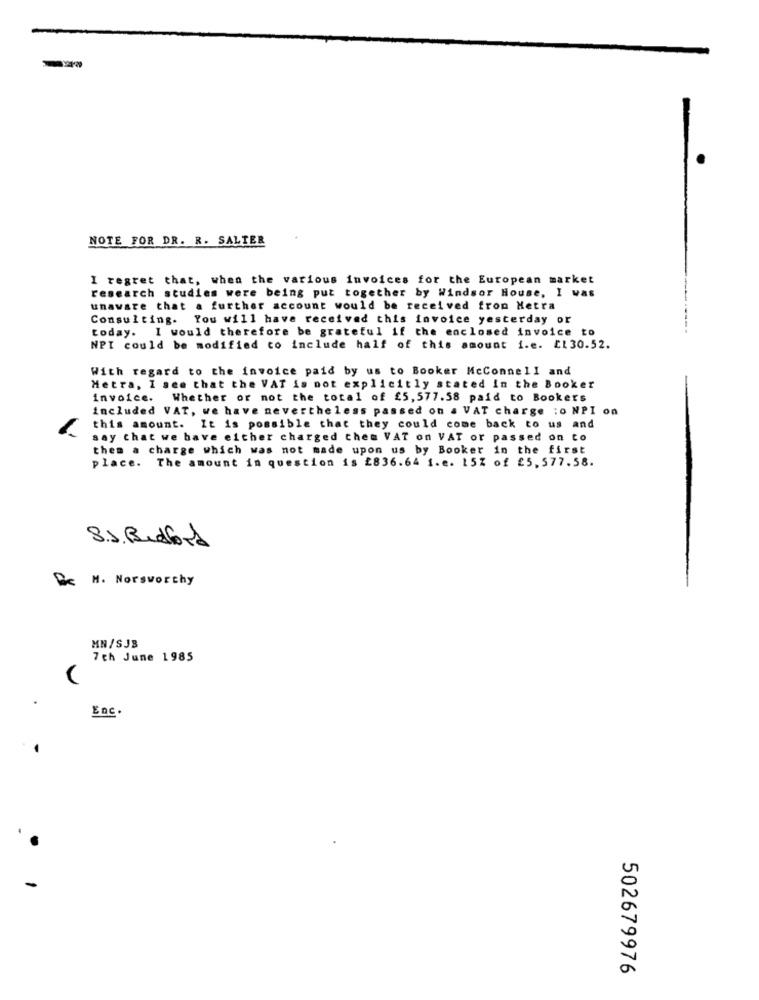
NOTE FOR DR. R. SALTER
I regret that, when the various invoices for the European market
research studies were being put together by Windsor House, I was
unaware that a further account would be received from Hetra
Consulting.
You will have received this invoice yesterday or
today.
I would therefore be grateful if the enclosed invoice to
NPI could be modified to include half of this amount i.e. EL30.52.
With regard to the invoice paid by us to Booker McConnell and
Metra, I see that the VAT is not explicitly stated in the Booker
invoice. Whether or not the total of £5,577.58 paid to Bookers
included VAT, we have nevertheless passed on a VAT charge :o NPI on
this amount. It is possible that they could come back to us and
say that we have either charged chem VAT on VAT or passed on to
them a charge which was not made upon us by Booker in the first
place. The amount in question is 2836.64 1.e. 15% of £5,577.58.
8.5. Bedford
De M. Norsworthy
MN/SJB
7th June 1985
Enc.
502679976